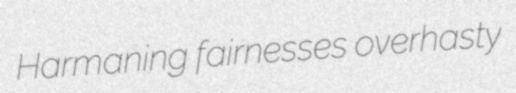
Harmaning fairnesses overhasty